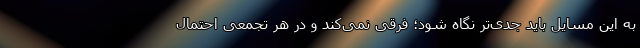
به این مسایل باید جدی‌تر نگاه شود؛ فرقی نمی‌کند و در هر تجمعی احتمال